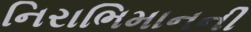
નિરાભિમાનની